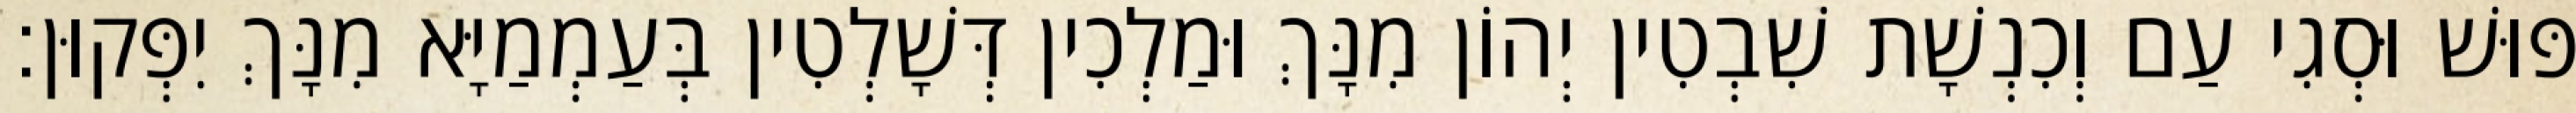
פּוּשׁ וּסְגִי עַם וְכִנְשָׁת שִׁבְטִין יְהוֹן מִנָּךְ וּמַלְכִין דְּשָׁלְטִין בְּעַמְמַיָּא מִנָּךְ יִפְּקוּן׃